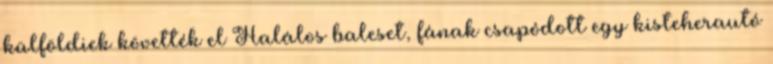
külföldiek követték el Halálos baleset, fának csapódott egy kisteherautó